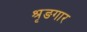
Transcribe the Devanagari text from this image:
श्रृङगार